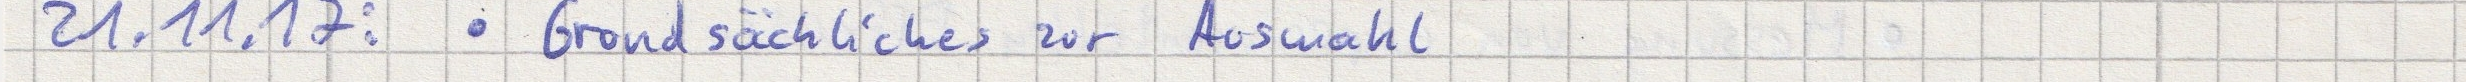
21.11.17: - Grundsächliches zur Auswahl